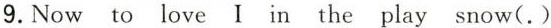
9.Now to love I in the play snow(.)